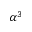
\alpha ^ { 3 }